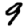
Digit: 9